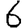
Digit: 6